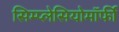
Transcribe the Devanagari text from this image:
सिम्प्लेसियोमॉर्फी